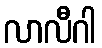
လာလီဂါ